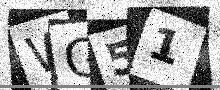
Text: WG51